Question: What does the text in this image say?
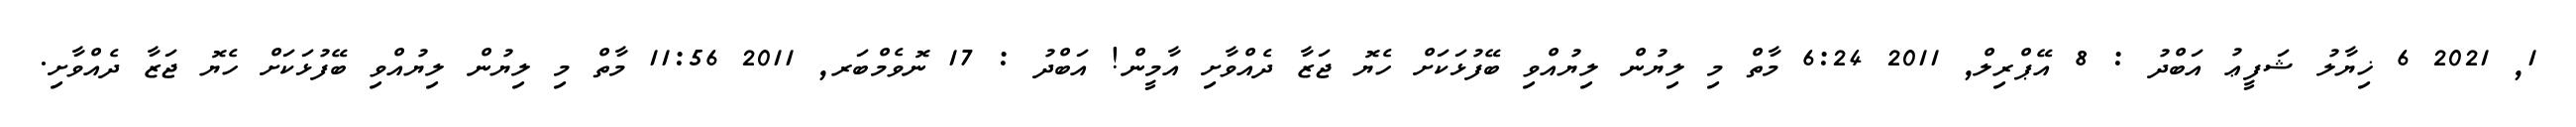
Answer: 1, 2021 6 ޚިޔާލު ޝަފީޢު އަބްދު : 8 އޭޕްރިލް, 2011 6:24 މާތް މި ލިޔުން ލިޔުއްވި ބޭފުޅަކަށް ހެޔޮ ޖަޒާ ދެއްވާށި އާމީން! އަބްދު : 17 ނޮވެމްބަރ, 2011 11:56 މާތް މި ލިޔުން ލިޔުއްވި ބޭފުޅަކަށް ހެޔޮ ޖަޒާ ދެއްވާށި.